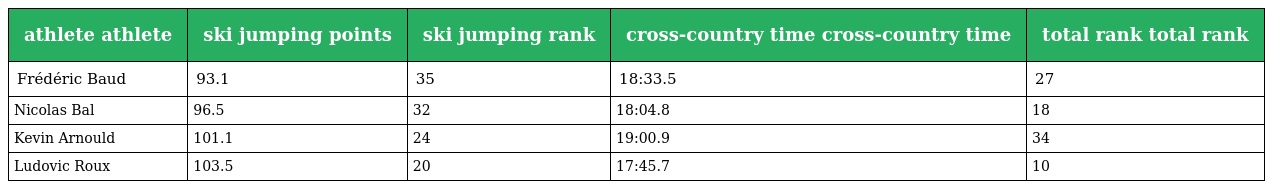
| athlete athlete | ski jumping points | ski jumping rank | cross-country time cross-country time | total rank total rank |
 | --- | --- | --- | --- | --- |
 | Frédéric Baud | 93.1 | 35 | 18:33.5 | 27 |
 | Nicolas Bal | 96.5 | 32 | 18:04.8 | 18 |
 | Kevin Arnould | 101.1 | 24 | 19:00.9 | 34 |
 | Ludovic Roux | 103.5 | 20 | 17:45.7 | 10 |